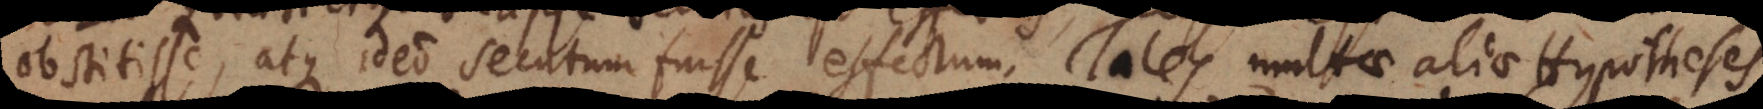
obstitisse, atque ideo secutum fuisse effectum. Tales multae aliae Hypotheses